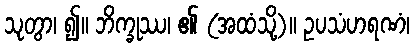
သုတွာ၊ ၍။ ဘိက္ခုဿ၊ ၏ (အထံသို့)။ ဥပသံဟရဏံ၊